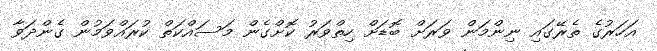
އަހަރުގެ ތެރޭގައި ނިންމަން ވަރަށް ބޮޑަށް ހިތްވަރު ކޮށްގެން މަސައްކަތް ކުރައްވަމުން ގެންދަވާ